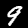
Digit: 9